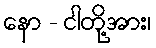
နော - ငါတို့အား၊